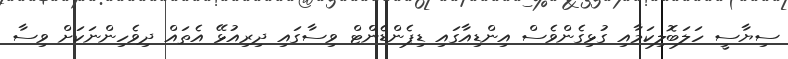
ސިޔާސީ ހަލަބޮލިކަމާއި ގުޅިގެންވެސް އިންޑިއާގައި ޑިޕެންޑެންޓް ވިސާގައި ދިރިއުޅޭ އެތައް ދިވެހިންނަކަށް ވިސާ